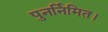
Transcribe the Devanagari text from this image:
पुनर्निमित।